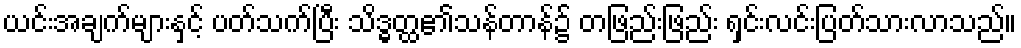
ယင်းအချက်များနှင့် ပတ်သက်ပြီး သိဒ္ဓတ္ထ၏သန်တာန်၌ တဖြည်းဖြည်း ရှင်းလင်းပြတ်သားလာသည်။